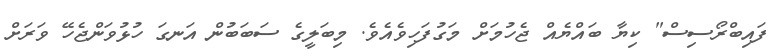
ފައިބްރޯސިސް" ކިޔާ ބައްޔެއް ޖެހުމަށް މަގުފަހިވެއެވެ. މިބަލީގެ ސަބަބުން އަނގަ ހުޅުވަންޖެހޭ ވަރަށް